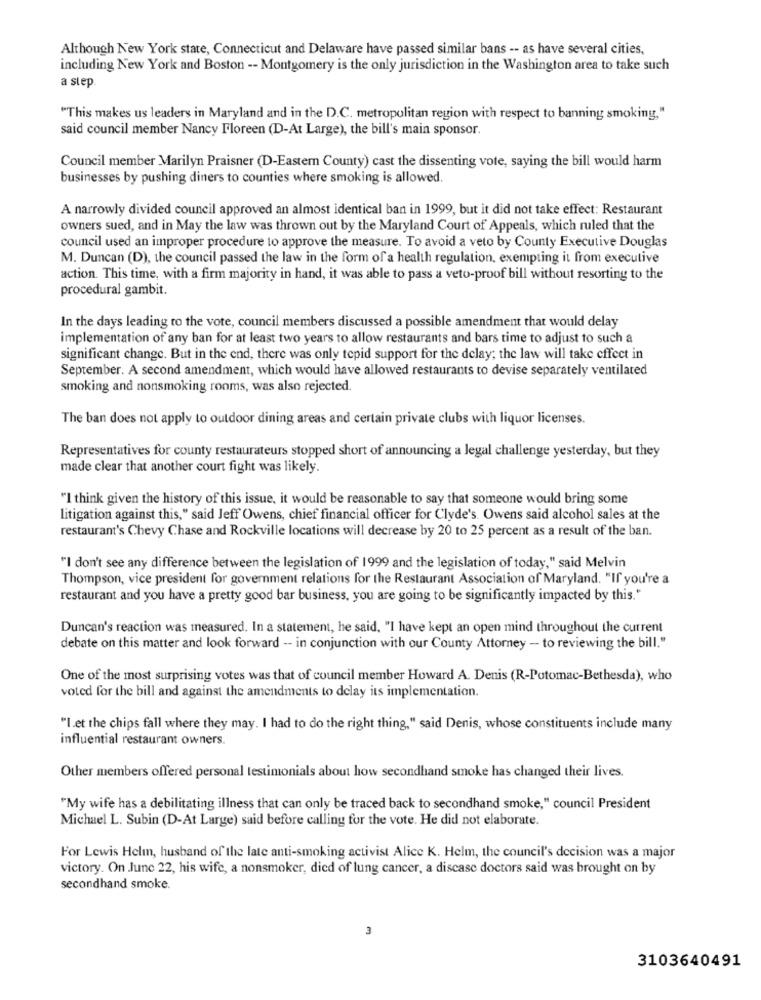
Although New York state, Connecticut and Delaware have passed similar bans -- as have several cities,
including New York and Boston -- Montgomery is the only jurisdiction in the Washington area to take such
a step
"This makes us leaders in Maryland and in the D.C. metropolitan region with respect to banning smoking,"
said council member Nancy Floreen (D-At Large), the bill's main sponsor.
Council member Marilyn Praisner (D-Eastern County) cast the dissenting vote, saying the bill would harm
businesses by pushing diners to counties where smoking is allowed.
A narrowly divided council approved an almost identical ban in 1999, but it did not take effect: Restaurant
owners sued, and in May the law was thrown out by the Maryland Court of Appeals, which ruled that the
council used an improper procedure to approve the measure. To avoid a veto by County Executive Douglas
M. Duncan (D), the council passed the law in the form of a health regulation, exempting it from executive
action. This time, with a firm majority in hand, it was able to pass a veto-proof bill without resorting to the
procedural gambit.
In the days leading to the vote, council members discussed a possible amendment that would delay
implementation of any ban for at least two years to allow restaurants and bars time to adjust to such a
significant change. But in the end, there was only tepid support for the delay; the law will take effect in
September. A second amendment, which would have allowed restaurants to devise separately ventilated
smoking and nonsmoking rooms, was also rejected.
The ban does not apply to outdoor dining areas and certain private clubs with liquor licenses.
Representatives for county restaurateurs stopped short of announcing a legal challenge yesterday, but they
made clear that another court fight was likely.
"I think given the history of this issue, it would be reasonable to say that someone would bring some
litigation against this," said Jeff Owens, chief financial officer for Clyde's. Owens said alcohol sales at the
restaurant's Chevy Chase and Rockville locations will decrease by 20 to 25 percent as a result of the ban.
"I don't see any difference between the legislation of 1999 and the legislation of today," said Melvin
Thompson, vice president for government relations for the Restaurant Association of Maryland. "If you're a
restaurant and you have a pretty good bar business, you are going to be significantly impacted by this."
Duncan's reaction was measured. In a statement, he said, "I have kept an open mind throughout the current
debate on this matter and look forward -- in conjunction with our County Attorney - to reviewing the bill."
One of the most surprising votes was that of council member Howard A. Denis (R-Potomac-Bethesda), who
voted for the bill and against the amendments to delay its implementation.
"I.et the chips fall where they may. I had to do the right thing," said Denis, whose constituents include many
influential restaurant owners.
Other members offered personal testimonials about how secondhand smoke has changed their lives.
"My wife has a debilitating illness that can only be traced back to secondhand smoke," council President
Michael L. Subin (D-At Large) said before calling for the vote. He did not elaborate.
For Lewis Helm, husband of the late anti-smoking activist Alice K. Helm, the council's decision was a major
victory. On June 22, his wife, a nonsmoker, died of lung cancer, a disease doctors said was brought on by
secondhand smoke.
3
3103640491